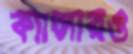
ক্যান্সারও